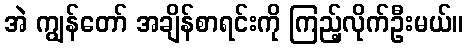
အဲ ကျွန်တော် အချိန်စာရင်းကို ကြည့်လိုက်ဦးမယ်။